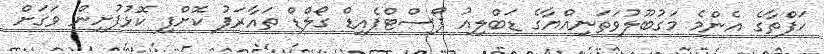
ހަފްތާގެ އެންމެ މަގުބޫލުވަތަނިއްޔާގެ ޑަބްލިއު ޕޯސްޓްޕެއިޑް ގޯލްޑް ތައާރަފު ކޮށްފި ކޮޅުފުށިން ވަގަށް